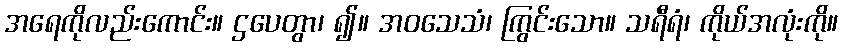
အရေကိုလည်းကောင်း။ ဌပေတွာ၊ ၍။ အဝသေသံ၊ ကြွင်းသော။ သရီရံ၊ ကိုယ်အလုံးကို။